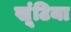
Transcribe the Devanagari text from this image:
खूंटिया